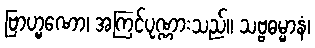
ဗြာဟ္မဏော၊ အကြင်ပုဏ္ဏားသည်။ သဗ္ဗဓမ္မာနံ၊